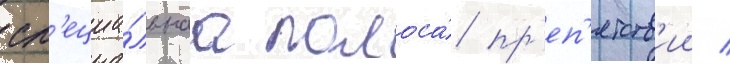
сп'ециа́льнаа полоса́ пр'еп'ятств'ии /